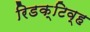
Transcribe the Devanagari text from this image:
रिडक्टिव्ह